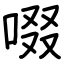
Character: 啜